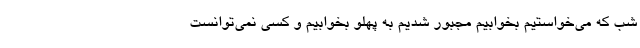
شب که می‌خواستیم بخوابیم مجبور شدیم به پهلو بخوابیم و کسی نمی‌توانست